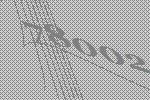
78002